Annual report on the mental hospital in the Central Provinces and Berar (Nagpur) - 1927-1951
Year: 1927
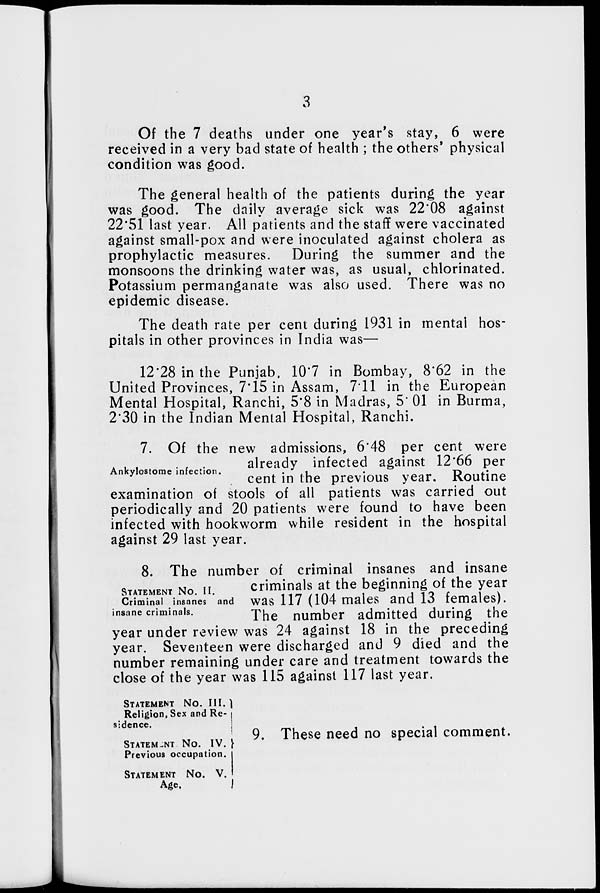
3
Of the 7 deaths under one year's stay, 6 were
received in a very bad state of health ; the others' physical
condition was good.
The general health of the patients during the year
was good. The daily average sick was 22.08 against
22.51 last year. All patients and the staff were vaccinated
against small-pox and were inoculated against cholera as
prophylactic measures. During the summer and the
monsoons the drinking water was, as usual, chlorinated.
Potassium permanganate was also used. There was no
epidemic disease.
The death rate per cent during 1931 in mental hos-
pitals in other provinces in India was—
12.28 in the Punjab, 10.7 in Bombay, 8.62 in the
United Provinces, 7.15 in Assam, 7.11 in the European
Mental Hospital, Ranchi, 5.8 in Madras, 5.01 in Burma,
2'30 in the Indian Mental Hospital, Ranchi.
Ankylostome infection.
7. Of the new admissions, 6.48 per cent were
already infected against 12.66 per
cent in the previous year. Routine
examination of stools of all patients was carried out
periodically and 20 patients were found to have been
infected with hookworm while resident in the hospital
against 29 last year.
STATEMENT No. II.
Criminal insanes and
insane criminals.
8. The number of criminal insanes and insane
criminals at the beginning of the year
was 117 (104 males and 13 females).
The number admitted during the
year under review was 24 against 18 in the preceding
year. Seventeen were discharged and 9 died and the
number remaining under care and treatment towards the
close of the year was 115 against 117 last year.
STATEMENT No. III.
Religion, Sex and Re-
sidence.
STATEMENT No. IV.
Previous occupation.
STATEMENT No. V.
Age.
9. These need no special comment.